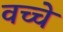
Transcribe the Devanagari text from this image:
वच्चे